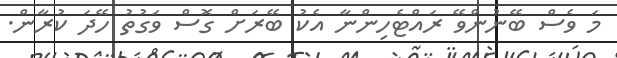
މަ ވެސް ބޭނުންވޭ ރައްޓެހިންނާ އެކު ބޭރަށް ގޮސް ވަގުތު ހޭދަ ކުރާން.